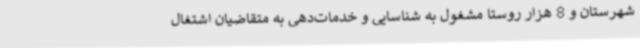
شهرستان و 8 هزار روستا مشغول به شناسایی و خدمات‌دهی به متقاضیان اشتغال